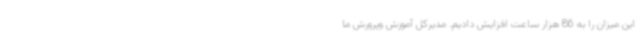
این میزان را به 86 هزار ساعت افزایش دادیم. مدیرکل آموزش وپرورش ما